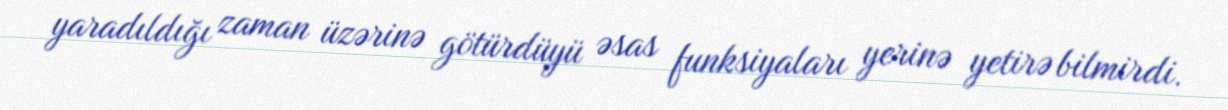
yaradıldığı zaman üzərinə götürdüyü əsas funksiyaları yerinə yetirə bilmirdi.